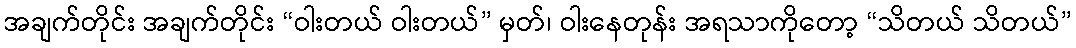
အချက်တိုင်း အချက်တိုင်း “ဝါးတယ် ဝါးတယ်” မှတ်၊ ဝါးနေတုန်း အရသာကိုတော့ “သိတယ် သိတယ်”